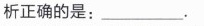
析正确的是：___。